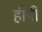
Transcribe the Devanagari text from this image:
हौपी